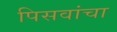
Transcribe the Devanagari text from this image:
पिसवांचा